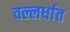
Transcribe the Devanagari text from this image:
वल्लर्धात